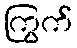
ကြွက်